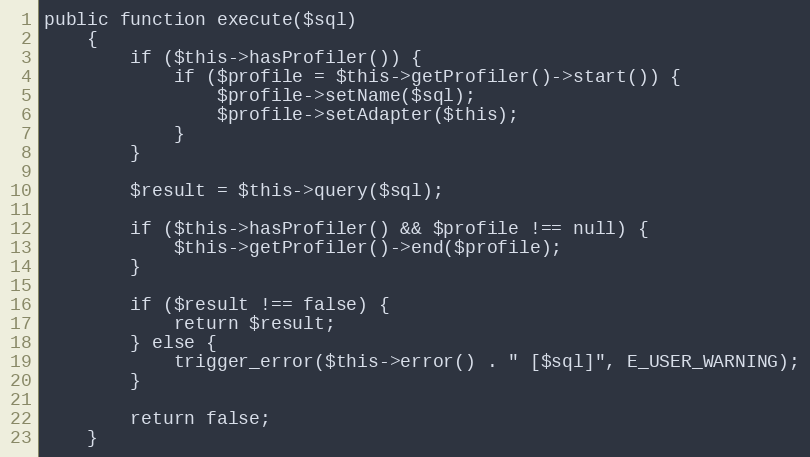
Language: PHP
public function execute($sql)
    {
        if ($this->hasProfiler()) {
            if ($profile = $this->getProfiler()->start()) {
                $profile->setName($sql);
                $profile->setAdapter($this);
            }
        }

        $result = $this->query($sql);

        if ($this->hasProfiler() && $profile !== null) {
            $this->getProfiler()->end($profile);
        }

        if ($result !== false) {
            return $result;
        } else {
            trigger_error($this->error() . " [$sql]", E_USER_WARNING);
        }

        return false;
    }